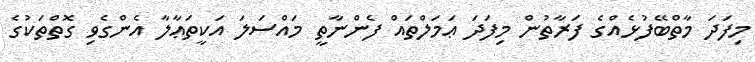
މިފަދަ މާތްބޭފުޅެއްގެ ފަރާތުން މިފަދަ ޢަމަލްތައް ފެންނާތީ މައްސަލަ އަކީތަޢާލާ އެންގެވި ގޮތްތަކުގެ